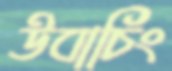
উবাচিং